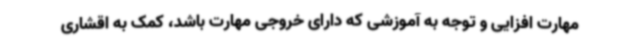
مهارت افزایی و توجه به آموزشی که دارای خروجی مهارت باشد، کمک به اقشاری